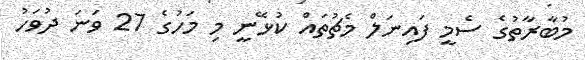
މުބާރާތުގެ ސެމީ ފައިނަލް މެޗުތައް ކުޅޭނީ މި މަހުގެ 27 ވަނަ ދުވަހު